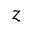
z